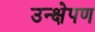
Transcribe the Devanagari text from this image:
उन्क्षेपण